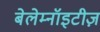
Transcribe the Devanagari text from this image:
बेलेम्नॉइटीज़